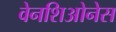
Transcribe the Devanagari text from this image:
वेनशिओनेस